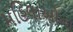
મહિલાઓના